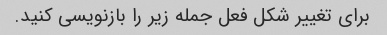
برای تغییر شکل فعل جمله زیر را بازنویسی کنید.